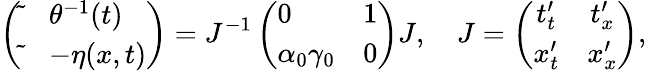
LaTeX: \left(\begin{array}{ll}{\tilde{}}&{\theta^{-1}(t)}\\ {\tilde{}}&{-\eta(x,t)}\end{array}\right)=J^{-1}\left(\begin{array}{ll}{0}&{1}\\ {\alpha_{0}\gamma_{0}}&{0}\end{array}\right)J,\quad J=\left(\begin{array}{cc}{t_{t}^{\prime}}&{t_{x}^{\prime}}\\ {x_{t}^{\prime}}&{x_{x}^{\prime}}\end{array}\right),